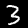
Digit: 3